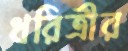
ধরিত্রীর